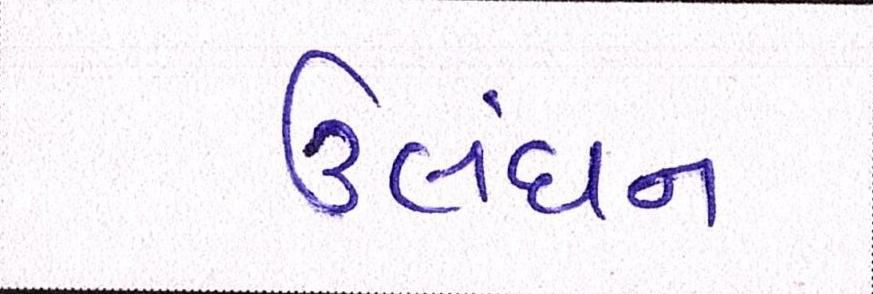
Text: ઉલંઘન